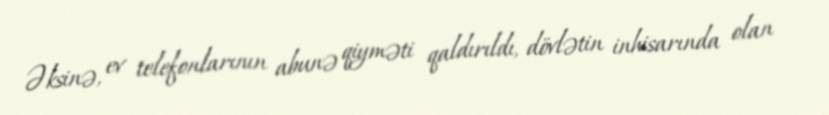
Əksinə, ev telefonlarının abunə qiyməti qaldırıldı, dövlətin inhisarında olan